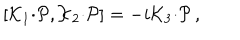
[ { \cal K } _ { 1 } { \cdot { \cal P } } , { \cal K } _ { 2 } { \cdot { \cal P } } ] = - i { \cal K } _ { 3 } { \cdot { \cal P } } \, ,